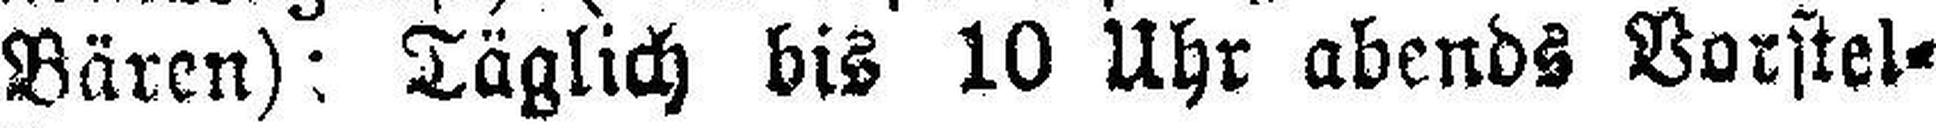
Bären): Täglich bis 10 Uhr abends Vorstel¬